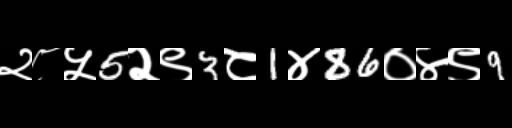
Text: २८५5२९3८1४86०४९9